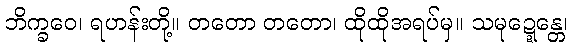
ဘိက္ခဝေ၊ ရဟန်းတို့။ တတော တတော၊ ထိုထိုအရပ်မှ။ သမုဍ္ဍေန္တေ၊